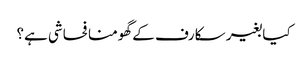
کیا بغیر سکارف کے گھومنا فحاشی ہے؟